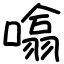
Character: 噏